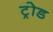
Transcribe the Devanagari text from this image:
ट्रोड